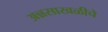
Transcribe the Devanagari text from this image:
अन्नसाखळीचे